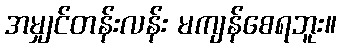
အမျှင်တန်းလန်း မကျန်စေရဘူး။